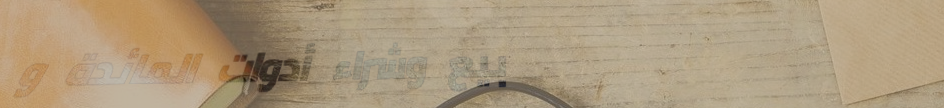
بيع وشراء أدوات المائدة و